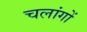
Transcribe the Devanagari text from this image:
चलांगों